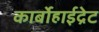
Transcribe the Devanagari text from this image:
कार्बोहाईद्रेट